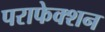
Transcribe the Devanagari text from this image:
पराफेक्शन